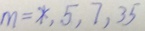
m = \ast , 5 , 7 , 3 5